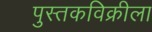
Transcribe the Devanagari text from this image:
पुस्तकविक्रीला